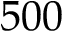
5 0 0